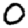
Digit: 0